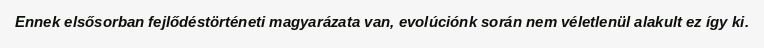
Ennek elsősorban fejlődéstörténeti magyarázata van, evolúciónk során nem véletlenül alakult ez így ki.